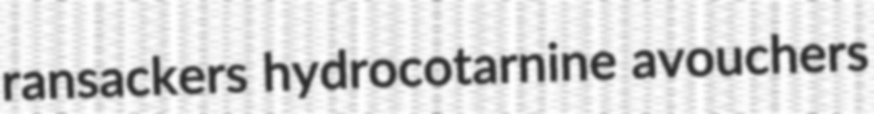
ransackers hydrocotarnine avouchers